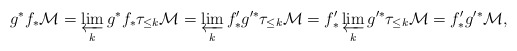
\begin{align*}g^* f_* \mathcal M = \varprojlim_k g^* f_* \tau_{\le k} \mathcal M = \varprojlim_k f'_* g'^* \tau_{\le k} \mathcal M = f'_* \varprojlim_k g'^* \tau_{\le k} \mathcal M = f'_* g'^* \mathcal M,\end{align*}